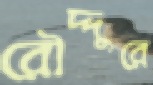
রৌদ্দুরে